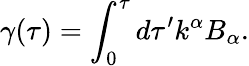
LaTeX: \gamma(\tau)=\int_{0}^{\tau}d\tau^{\prime}k^{\alpha}B_{\alpha}.